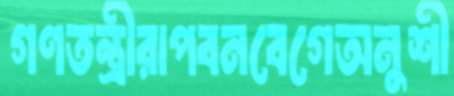
গণতন্ত্রীরাপবনবেগেঅনুশী